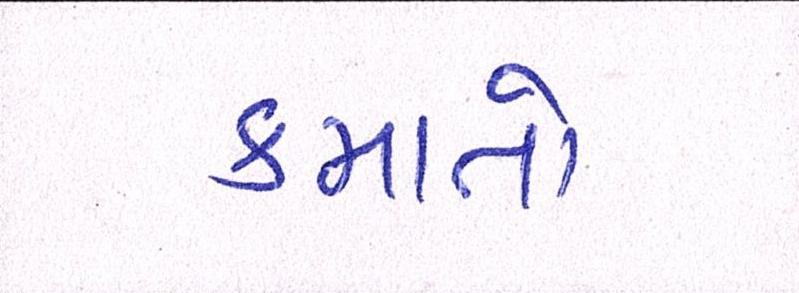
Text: કમાતો